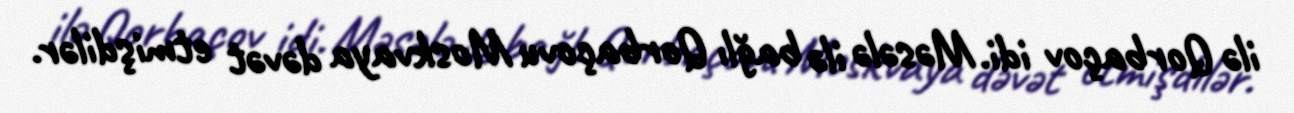
ilə Qorbaçov idi. Məsələ ilə bağlı Qorbaçovu Moskvaya dəvət etmişdilər.